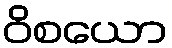
ဝိစယော